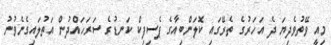
މިއީ ވޭތުވެދިޔަ ދެ އަހަރުގެ ތެރޭގައި ކޮލަންބިއާގެ ޕެސިފިކް ކަނޑުގެ ސަރަހައްދުން އަތުލައިގެނެވުނު